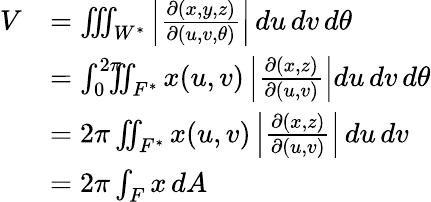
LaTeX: {\begin{array}{rl}{V}&{=\iiint_{W^{*}}\left|{\frac{\partial(x,y,z)}{\partial(u,v,\theta)}}\right|\, du\, dv\, d\theta}\\ &{=\int_{0}^{2\pi}\! \! \! \! \iint_{F^{*}}x(u,v)\left|{\frac{\partial(x,z)}{\partial(u,v)}}\right|du\, dv\, d\theta}\\ &{=2\pi\iint_{F^{*}}x(u,v)\left|{\frac{\partial(x,z)}{\partial(u,v)}}\right|\, du\, dv}\\ &{=2\pi\int_{F}x\, dA}\end{array}}